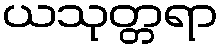
ယသုတ္တရာ